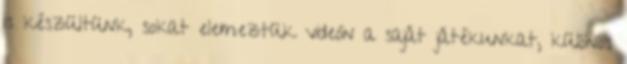
is készültünk, sokat elemeztük videón a saját játékunkat, különös